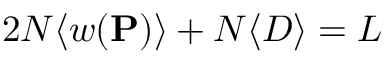
2 N \langle w ( \mathbf { P } ) \rangle + N \langle D \rangle = L